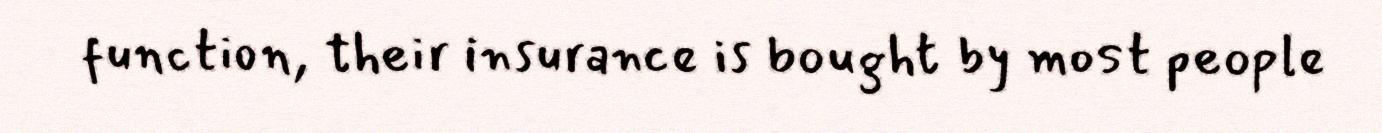
function, their insurance is bought by most people